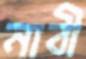
নাবী